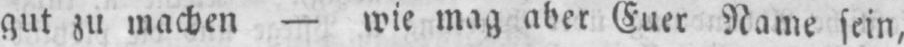
gut zu machen - wie mag aber Euer Name sein,